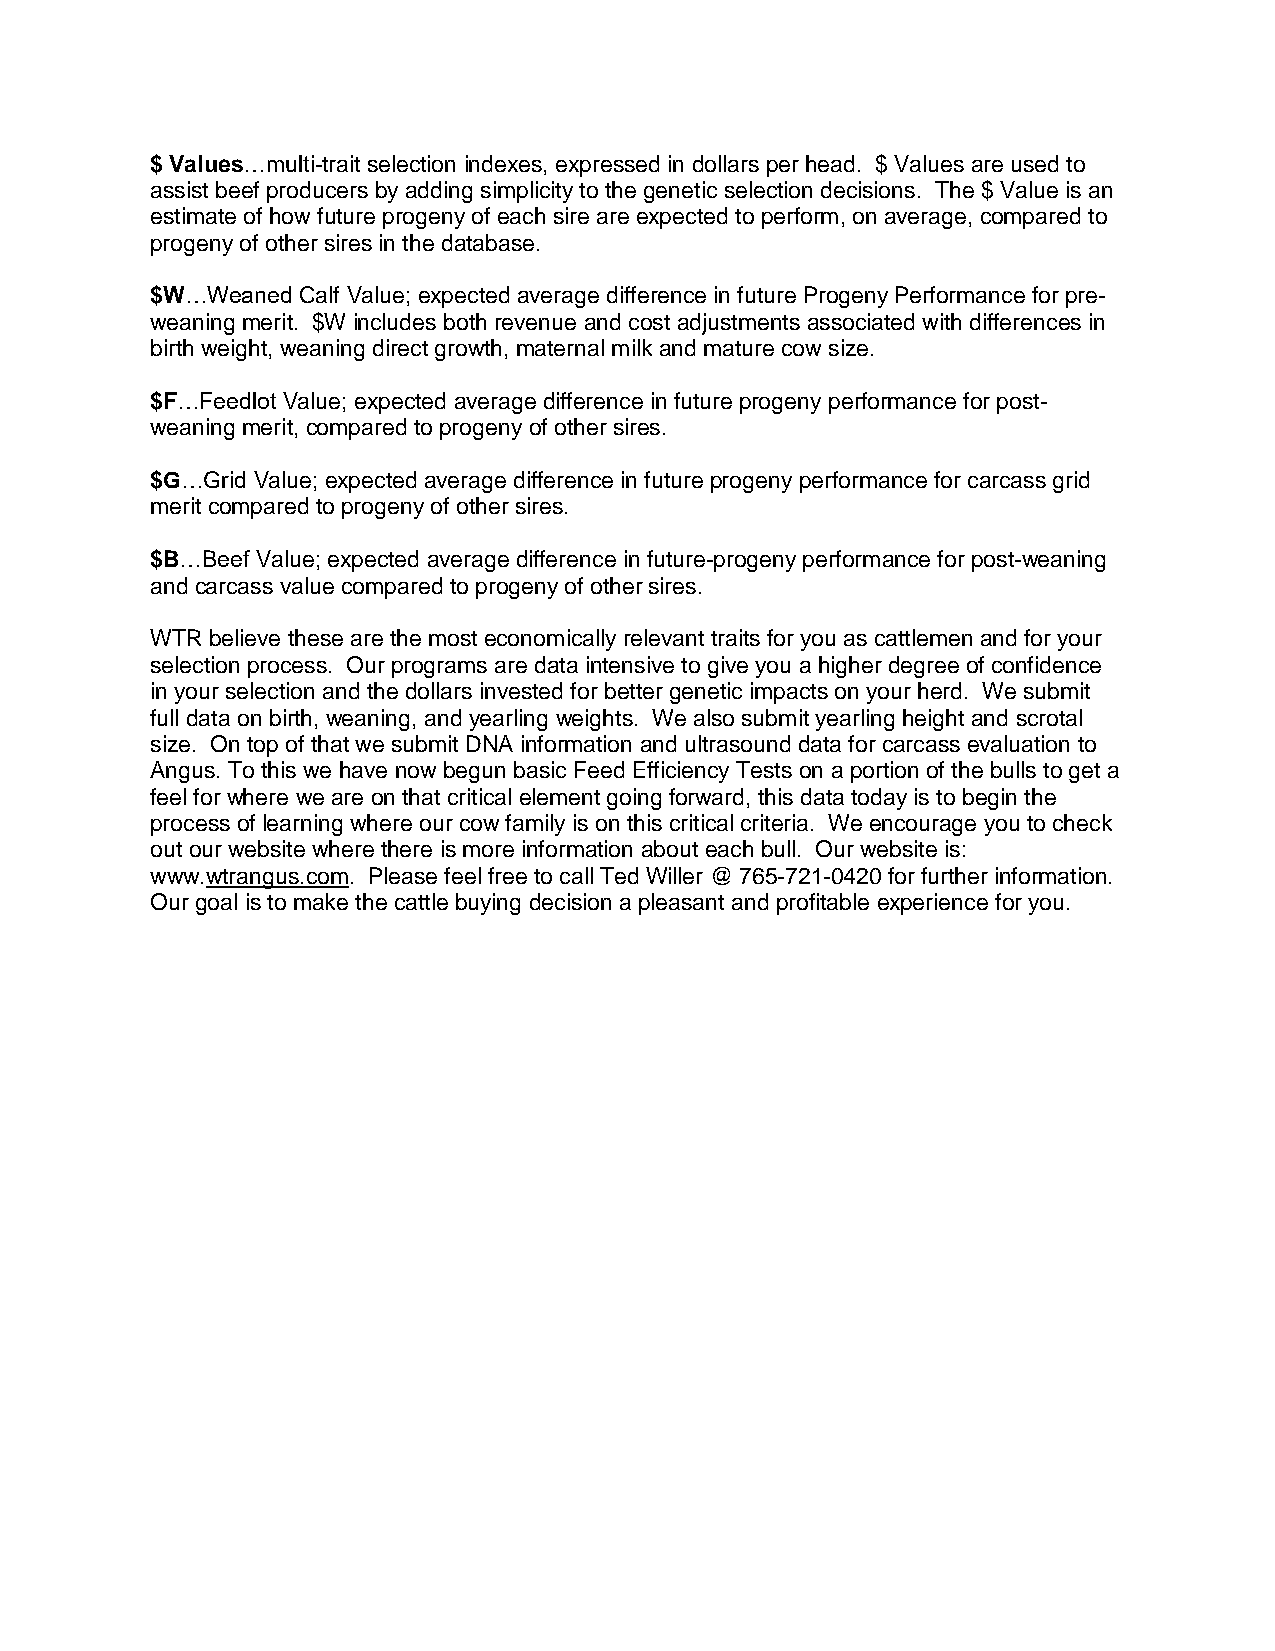
$ Values…multi-trait selection indexes, expressed in dollars per head. $ Values are used to
 assist beef producers by adding simplicity to the genetic selection decisions. The $ Value is an
 estimate of how future progeny of each sire are expected to perform, on average, compared to
 progeny of other sires in the database.
 $W…Weaned Calf Value; expected average difference in future Progeny Performance for pre-
 weaning merit. $W includes both revenue and cost adjustments associated with differences in
 birth weight, weaning direct growth, maternal milk and mature cow size.
 $F…Feedlot Value; expected average difference in future progeny performance for post-
 weaning merit, compared to progeny of other sires.
 $G…Grid Value; expected average difference in future progeny performance for carcass grid
 merit compared to progeny of other sires.
 $B…Beef Value; expected average difference in future-progeny performance for post-weaning
 and carcass value compared to progeny of other sires.
 WTR believe these are the most economically relevant traits for you as cattlemen and for your
 selection process. Our programs are data intensive to give you a higher degree of confidence
 in your selection and the dollars invested for better genetic impacts on your herd. We submit
 full data on birth, weaning, and yearling weights. We also submit yearling height and scrotal
 size. On top of that we submit DNA information and ultrasound data for carcass evaluation to
 Angus. To this we have now begun basic Feed Efficiency Tests on a portion of the bulls to get a
 feel for where we are on that critical element going forward, this data today is to begin the
 process of learning where our cow family is on this critical criteria. We encourage you to check
 out our website where there is more information about each bull. Our website is:
 www.wtrangus.com. Please feel free to call Ted Willer @ 765-721-0420 for further information.
 Our goal is to make the cattle buying decision a pleasant and profitable experience for you.